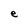
Character: e